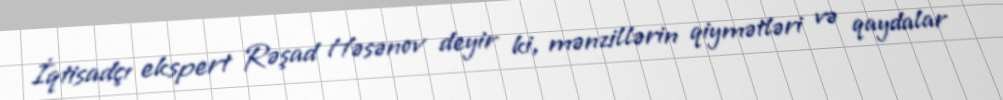
İqtisadçı ekspert Rəşad Həsənov deyir ki, mənzillərin qiymətləri və qaydalar